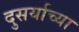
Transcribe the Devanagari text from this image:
दुसर्याच्या